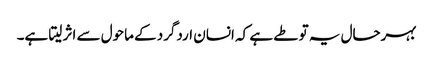
بہرحال یہ تو طے ہے کہ انسان اردگرد کے ماحول سے اثر لیتا ہے۔